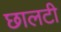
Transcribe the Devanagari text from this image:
छालटी